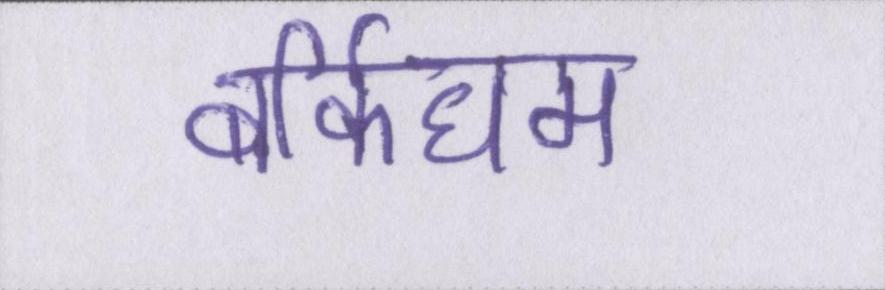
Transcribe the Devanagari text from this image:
बर्किघम